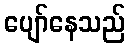
ပျော်နေသည်